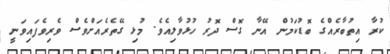
ކުރާ އިތުބާރެއްގެ ބޮޑުކަމުން އޭނާ ގޮސް ދޮރު ހުޅުވާލިއެވެ. މުޅި ގޭތެރެއަށްވެސް ވެރިވެފައިވަނީ